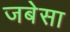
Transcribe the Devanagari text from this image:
जबेसा